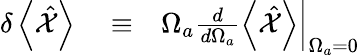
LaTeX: \begin{array}{rlr}{\delta\left<\hat{\mathcal X}\right>}&{{}\equiv}&{\Omega_{a}\left.\frac{d}{d\Omega_{a}}\left<\hat{\mathcal X}\right>\right|_{\Omega_{a}=0}}\end{array}